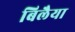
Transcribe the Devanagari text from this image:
बिलैया